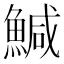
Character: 鰔